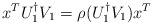
LaTeX: \begin{align*}x^{T}U_{1}^{\dagger}V_{1}=\rho(U_{1}^{\dagger}V_{1})x^{T}\end{align*}